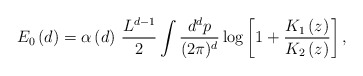
\begin{align*} E_{0}\left( d\right) =\alpha\left( d\right) \, \frac{L^{d-1}}{2}\int \frac{d^{d}p}{(2\pi)^{d}}\log \left[ 1+\frac{K_{1}\left( z\right) }{K_{2}\left(z\right) }\right] ,\end{align*}